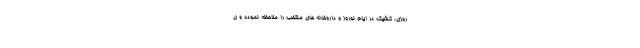
روزی، کشیک در ایام نوروز و داروخانه های منتخب را ملاحظه نموده و ن